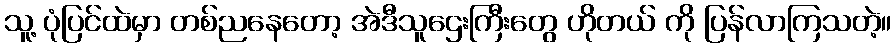
သူ့ ပုံပြင်ထဲမှာ တစ်ညနေတော့ အဲဒီသူဌေးကြီးတွေ ဟိုတယ် ကို ပြန်လာကြသတဲ့။